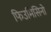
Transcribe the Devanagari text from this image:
फिउमिसिनो